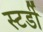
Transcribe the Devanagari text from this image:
स्टर्डी